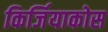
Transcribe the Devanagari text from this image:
किर्जियाकोस